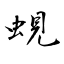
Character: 蜆